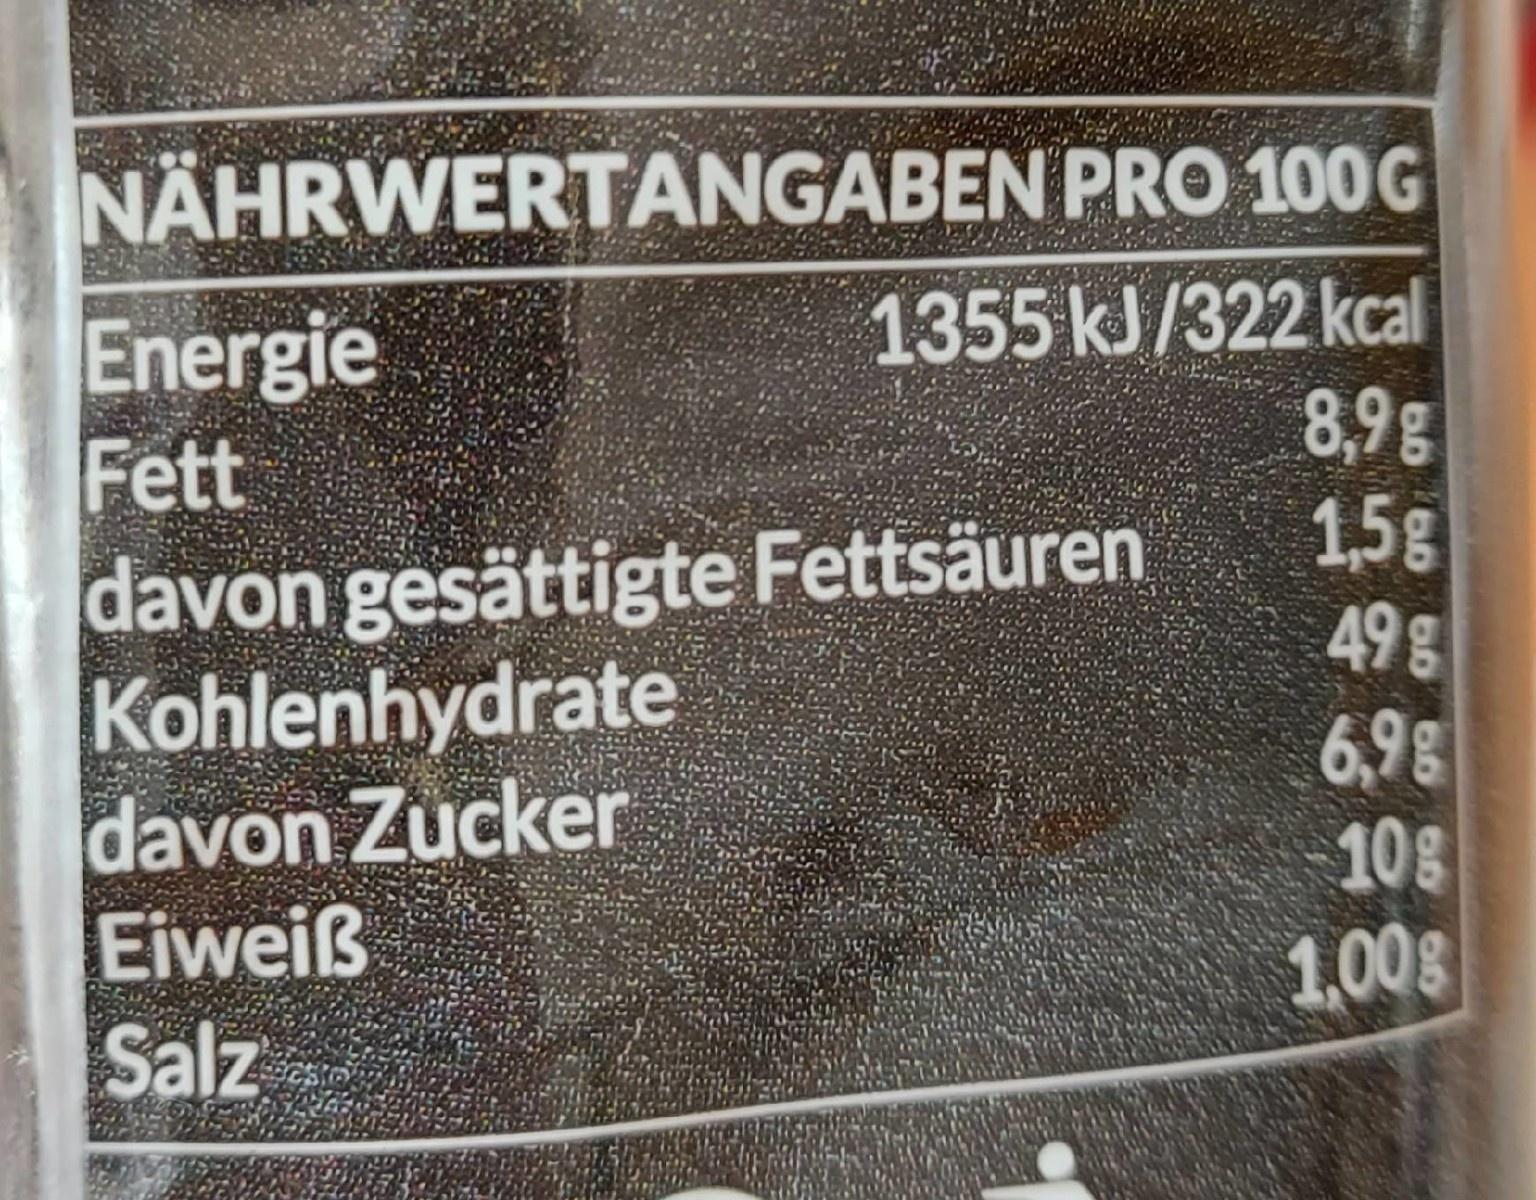
NÄHRWERTANGABEN PRO 100G
1355 kJ/322 kcal 8,9g 1,5g 498
Energie Fett davon gesättigte Fettsäuren Kohlenhydrate davon Zucker Eiweiß Salz
6,9g 10g
1,00g